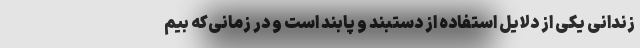
زندانی یکی از دلایل استفاده از دستبند و پابند است و در زمانی‌که بیم